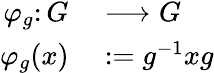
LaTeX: \begin{array}{rl}{\varphi_{g}\colon G}&{{}\longrightarrow G}\\ {\varphi_{g}(x)}&{{}:=g^{-1}xg}\end{array}